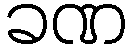
ခဏ